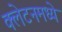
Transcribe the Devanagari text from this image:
क्लेटनमध्ये